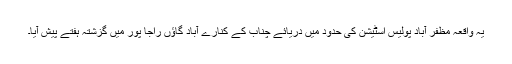
یہ واقعہ مظفر آباد پولیس اسٹیشن کی حدود میں دریائے چناب کے کنارے آباد گاؤں راجا پور میں گزشتہ ہفتے پیش آیا۔